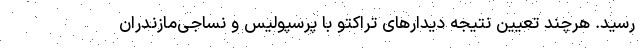
رسید. هرچند تعیین نتیجه دیدارهای تراکتو با پرسپولیس و نساجی‌مازندران